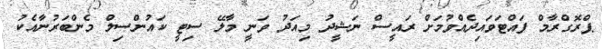
ޕްރޮގްރާމް ފައްޓަވައިދެއްވުމަށް ރައީސް ނަޝީދު މިއަދު ވަނީ މާލޭ ސިޓީ ކައުންސިލް މެންބަރުނާއެކު